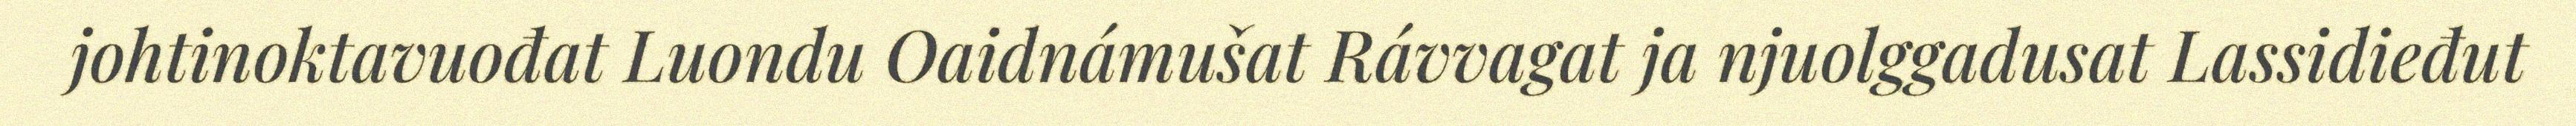
johtinoktavuođat Luondu Oaidnámušat Rávvagat ja njuolggadusat Lassidieđut